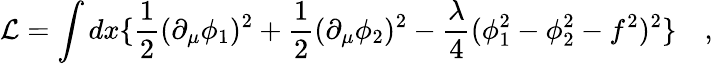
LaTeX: \mathcal{L}=\int dx\{ \frac{1}{2}(\partial_{\mu}\phi_{1})^{2}+\frac{1}{2}(\partial_{\mu}\phi_{2})^{2}-\frac{\lambda}{4}(\phi_{1}^{2}-\phi_{2}^{2}-f^{2})^{2}\} \quad,